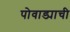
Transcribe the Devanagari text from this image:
पोवाड्याची